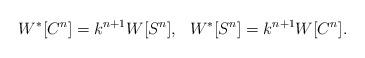
LaTeX: \begin{align*}W^* [C^{n}] = k^{n+1} W[S^{n}], ~~W^* [S^{n}] = k^{n+1} W[C^{n}].\end{align*}